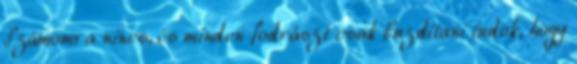
Számomra nincs, és minden fodrászt csak buzdítani tudok, hogy